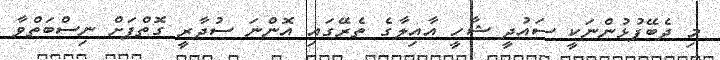
މި ދެބޭފުޅުންނަކީ ސައުދީ ޝާހީ އާއިލާގެ ތެރޭގައި އޮންނަ ސުދާރީ ގޮތްޕަށް ނިސްބަތްވާ